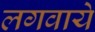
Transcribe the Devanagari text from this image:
लगवाये